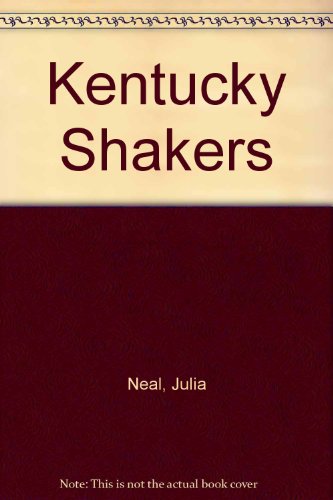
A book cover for The Kentucky Shakers; Julia Neal; Christian Books & Bibles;